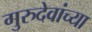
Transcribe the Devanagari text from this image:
गुरुदेवांच्या